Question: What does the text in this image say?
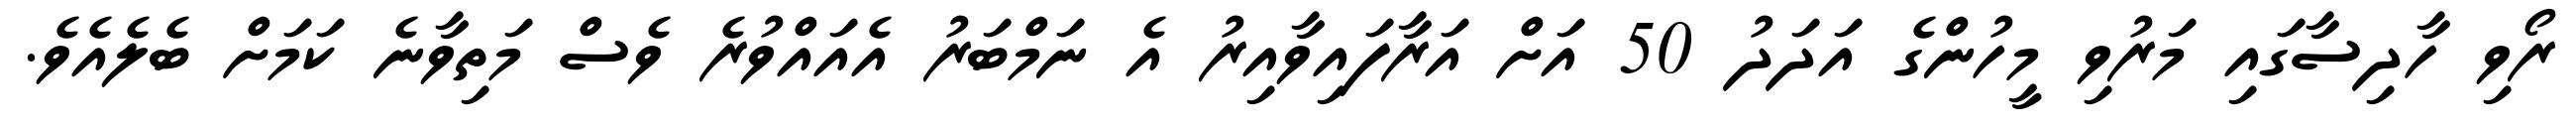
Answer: ރޯވި ހާދިސާގައި މަރުވި މީހުންގެ އަދަދު 50 އަށް އަރާފައިވާއިރު އެ ނަމްބަރު އެއައްވުރެ ވެސް މަތިވާނެ ކަމަށް ބެލެއެވެ.